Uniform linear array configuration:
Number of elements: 48
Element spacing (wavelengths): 1
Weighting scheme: blackman
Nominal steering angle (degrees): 30
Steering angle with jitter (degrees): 28.077
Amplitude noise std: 0.05
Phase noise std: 0.05

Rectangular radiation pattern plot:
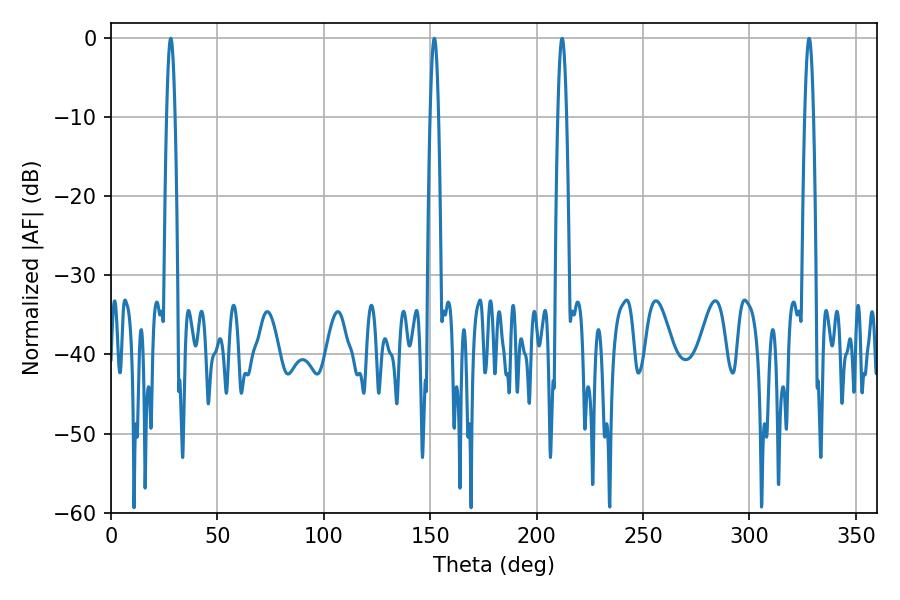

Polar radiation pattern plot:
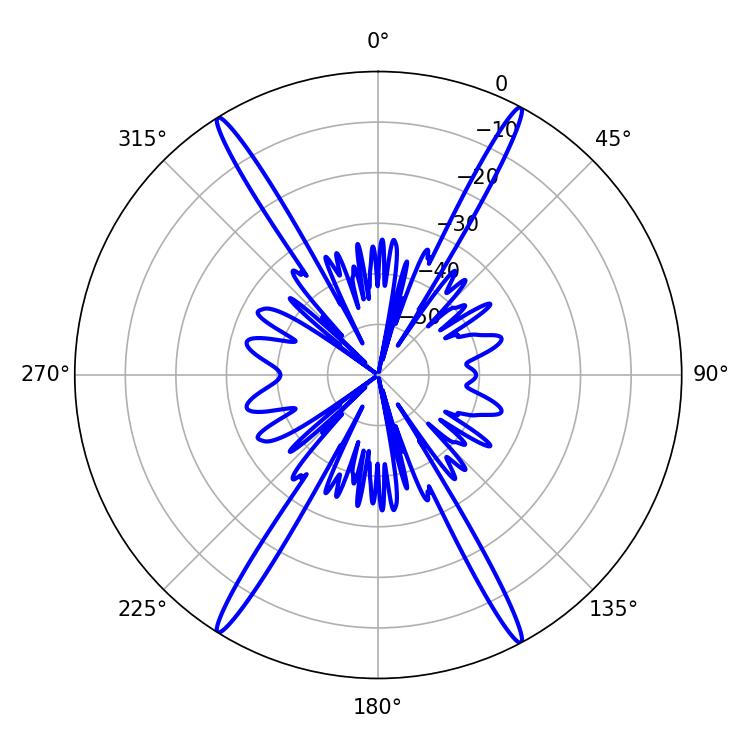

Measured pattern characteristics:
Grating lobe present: TRUE
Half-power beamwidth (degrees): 2.16
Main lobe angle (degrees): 151.92